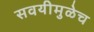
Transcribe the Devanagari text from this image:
सवयीमुळेच